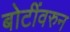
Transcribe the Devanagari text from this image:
बोटींवरुन